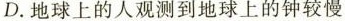
D.地球上的人观测到地球上的钟较慢